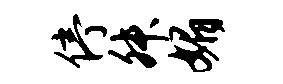
停舛媚